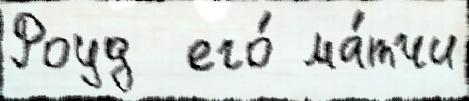
Роуд  его́ ма́тчи